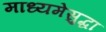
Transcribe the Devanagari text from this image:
माध्यमेसुद्धा